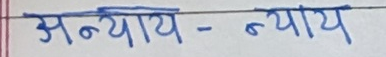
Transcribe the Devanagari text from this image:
अन्याय - न्याय